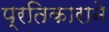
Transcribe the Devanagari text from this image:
प्रतिकाराने